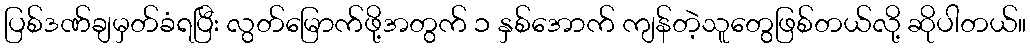
ပြစ်ဒဏ်ချမှတ်ခံရပြီး လွတ်မြောက်ဖို့အတွက် ၁ နှစ်အောက် ကျန်တဲ့သူတွေဖြစ်တယ်လို့ ဆိုပါတယ်။